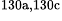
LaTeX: ^\textrm{\scriptsize 130a,130c}